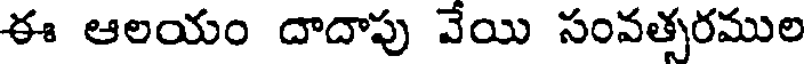
ఈ ఆలయం దాదాపు వేయి సంవత్సరముల